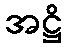
အဋ္ဌိ